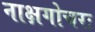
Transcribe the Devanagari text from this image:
नाक्षगोचरः